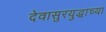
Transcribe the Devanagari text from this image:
देवासुरयुद्धाच्या